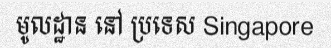
មូលដ្ឋាន នៅ ប្រទេស Singapore